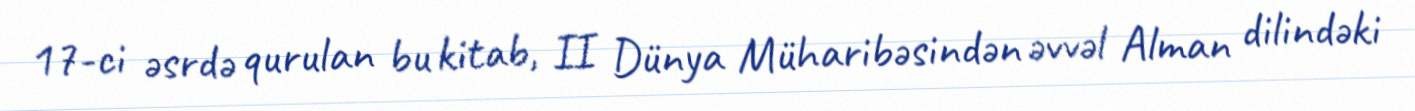
17-ci əsrdə qurulan bu kitab, II Dünya Müharibəsindən əvvəl Alman dilindəki